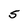
Character: S